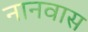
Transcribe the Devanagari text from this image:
नानवास